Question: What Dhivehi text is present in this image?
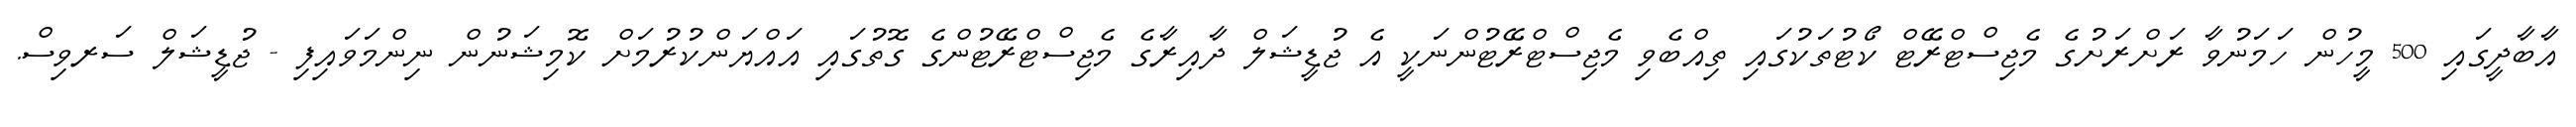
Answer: އާބާދީގައި 500 މީހުން ހަމަނުވާ ރަށްރަށުގެ މެޖިސްޓްރޭޓް ކޯޓުތަކުގައި ތިއްބެވި މެޖިސްޓްރޭޓުންނަކީ އެ ޖުޑީޝަލް ދާއިރާގެ މެޖިސްޓްރޭޓުންގެ ގޮތުގައި އައްޔަންކުރުމަށް ކޮމިޝަނުން ނިންމަވައިފި - ޖުޑީޝަލް ސަރވިސް.